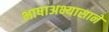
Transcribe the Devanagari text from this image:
भाषाअभ्यासाने